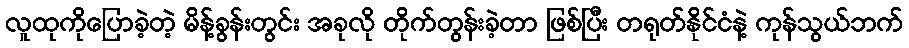
လူထုကိုပြောခဲ့တဲ့ မိန့်ခွန်းတွင်း အခုလို တိုက်တွန်းခဲ့တာ ဖြစ်ပြီး တရုတ်နိုင်ငံနဲ့ ကုန်သွယ်ဘက်